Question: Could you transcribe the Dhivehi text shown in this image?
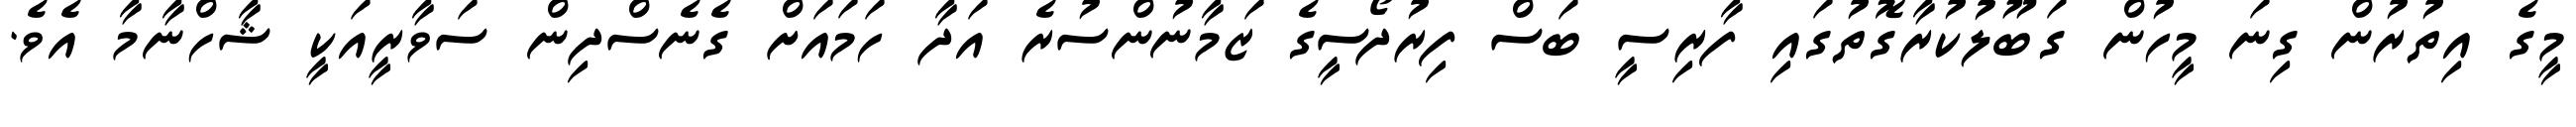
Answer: މީގެ އިތުރުން ގިނަ މީހުން ގަބޫލުކުރާގޮތުގައި ފާރިސީ ބަސް ފިރުދޯސީގެ ޒަމާނުންސުރެ އަދާ ހަމައަށް ގެނެސްދިން ސަވާރީއަކީ ޝާހްނާމާ އެވެ.